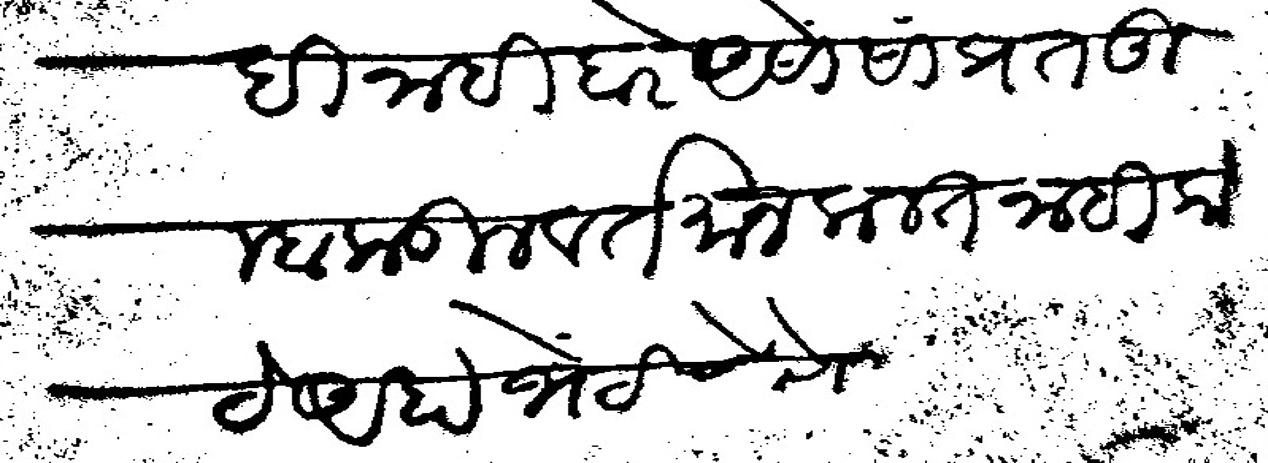
Transliteration (Devanagari): हि नाही बरे असों सांप्रत तुम्हाकडील वर्तमान कलत नाही कोठे आहा भेटीस येणे